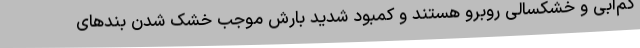
کم‌آبی و خشکسالی روبرو هستند و کمبود شدید بارش موجب خشک شدن بندهای